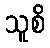
သူစိ